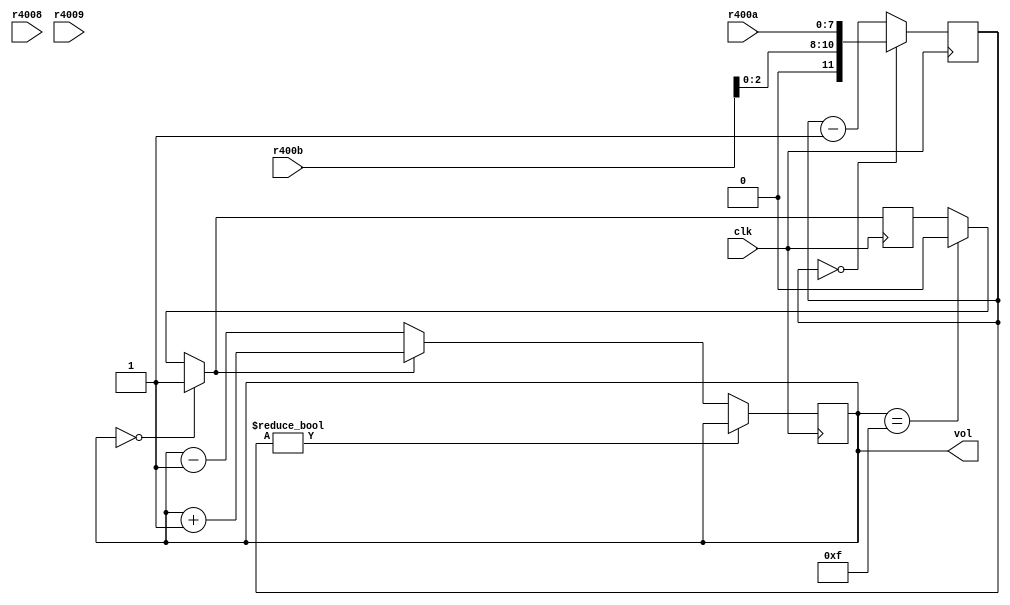
module triangle(input clk, input[7:0] r4008, input[7:0] r4009, input[7:0] r400a, input[7:0] r400b, output[3:0] vol);
    // constants and tables
    // If bit 5 == 0, use ltable 0
    reg[8:0] ltable0[15:0];
    // else use ltable 1
    reg[8:0] ltable1[15:0];
    // period table
    reg[11:0] ptable[15:0];
    initial begin
        shift = 1;
        ltable0[0] = 8'h0a;
        ltable0[1] = 8'h14;
        ltable0[2] = 8'h28;
        ltable0[3] = 8'h50;
        ltable0[4] = 8'ha0;
        ltable0[5] = 8'h3c;
        ltable0[6] = 8'h0e;
        ltable0[7] = 8'h1a;
        ltable0[8] = 8'h0c;
        ltable0[9] = 8'h18;
        ltable0[10] = 8'h30;
        ltable0[11] = 8'h60;
        ltable0[12] = 8'hc0;
        ltable0[13] = 8'h48;
        ltable0[14] = 8'h10;
        ltable0[15] = 8'h20;
        ltable1[0] = 8'hfe;
        ltable1[1] = 8'h02;
        ltable1[2] = 8'h04;
        ltable1[3] = 8'h06;
        ltable1[4] = 8'h08;
        ltable1[5] = 8'h0a;
        ltable1[6] = 8'h0c;
        ltable1[7] = 8'h0e;
        ltable1[8] = 8'h10;
        ltable1[9] = 8'h12;
        ltable1[10] = 8'h14;
        ltable1[11] = 8'h16;
        ltable1[12] = 8'h18;
        ltable1[13] = 8'h1a;
        ltable1[14] = 8'h1c;
        ltable1[15] = 8'h1e;
        ptable[0] = 12'h004;
        ptable[1] = 12'h008;
        ptable[2] = 12'h010;
        ptable[3] = 12'h020;
        ptable[4] = 12'h040;
        ptable[5] = 12'h060;
        ptable[6] = 12'h080;
        ptable[7] = 12'h0a0;
        ptable[8] = 12'h0ca;
        ptable[9] = 12'h0fe;
        ptable[10] = 12'h17c;
        ptable[11] = 12'h1fc;
        ptable[12] = 12'h2fa;
        ptable[13] = 12'h3f8;
        ptable[14] = 12'h7f2;
        ptable[15] = 12'hfe4;
        shift = ptable[0];
    end
    // Register fields
	 wire[6:0] lc = r4008[6:0];
	 wire      ldisable = r4008[7];
	 
	 wire[7:0] unused = r4009[7:0];
	 
	 wire[10:0] wavelength;
	 assign wavelength[7:0] = r400a[7:0];
	 assign wavelength[10:8] = r400b[2:0];
	 
	 wire[4:0] lclr = r400b[7:3];
	 
    wire hlt = 0;

    // 15-bit shift register
    reg[14:0] shift;
    reg[7:0]  counter;
    reg[3:0]  out = 0;
    assign vol = out;
	 reg[3:0]  stepgen = 0;
	 reg[11:0] ptimer = 0;
	 reg		  inc = 1;
    always@(posedge clk) begin
	     ptimer <= ptimer == 0 ? wavelength : ptimer - 1;
		  inc = out == 0 ? 1 :
			     out == 4'hf ? 0 : inc;
		  out <= ptimer != 0 ? out :
					inc ? out + 1 : out - 1;
    end
endmodule